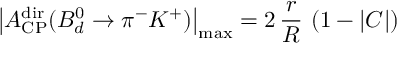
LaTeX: \left| { \cal A } _ { \mathrm { C P } } ^ { \mathrm { d i r } } ( B _ { d } ^ { 0 } \to \pi ^ { - } K ^ { + } ) \right| _ { \mathrm { m a x } } = 2 \, \frac { r } { R } \, \left( 1 - | C | \right)